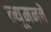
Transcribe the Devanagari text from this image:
न्यूमनचे